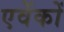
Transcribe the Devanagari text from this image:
एवेंकों